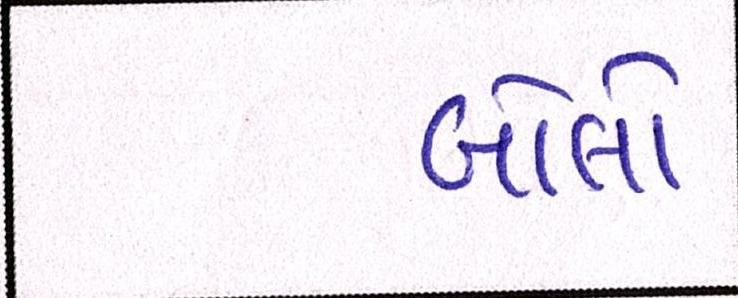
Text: બોલો